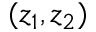
( z _ { 1 } , z _ { 2 } )